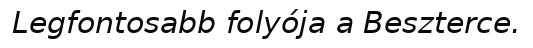
Legfontosabb folyója a Beszterce.